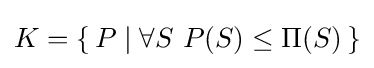
K=\{\,P\mid \forall S\ P(S)\leq \Pi (S)\,\}